Scottish Education Department, 1923
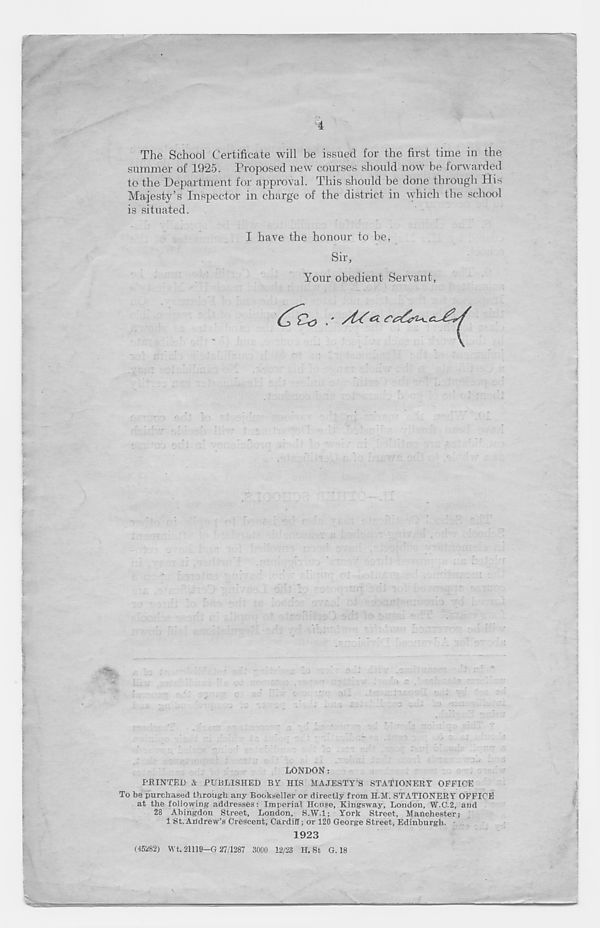
4
The School Certificate will be issued for the first time in the
summer of 1925. Proposed new courses should now be forwarded
to the Department for approval. This should be done through His
Majesty’s Inspector in charge of the district in which the school
is situated.
I have the honour to be,
Sir,
Your obedient Servant,
& <”06^
r .
r : • p
’ ■
n r
„ T-i. _ r *
' x v
.Ir
liix
. . u j. '
- ' ■ ;
•
-
-
t
LONDON:
PRINTED & PUBLISHED BY HIS MAJESTY'S STATIONERY OFFICE
To be purchased through any Bookseller or directly from H.M. STATIONERY OFFICE
at the following addresses: Imperial House, Kingsway, London, W.C.2, and
28 Abingdon Street, London, 8.W.1; York Street, Manchester)
1 St. Andrew’s Crescent, Cardiff; or 120 George Street, Edinburgh.
1923
(45282) VVt,21119—G 27/1287 3000 12/23 H. St G. 18
S<